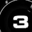
Digit: 3